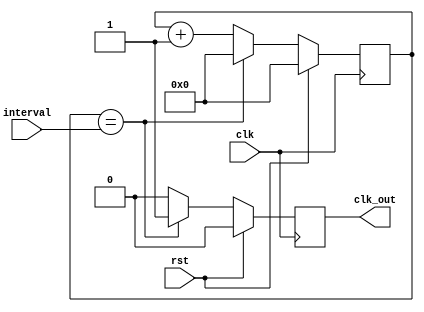
module clk_div(
	input wire clk,
	input wire rst,
	input [15:0] interval,
	output wire clk_out
);

reg [15:0] counter = 16'd0;
reg clk_out_reg = 1'd0;

assign clk_out = clk_out_reg;

always @(posedge clk) begin
	if (rst) begin
		counter <= 16'd0;
		clk_out_reg <= 1'd0;
	end else begin
		if (counter == interval) begin
			counter <= 16'd0;
			clk_out_reg <= 1'd1;
		end else begin
			counter <= counter + 16'd1;
			clk_out_reg <= 1'd0;
		end
	end	
end

endmodule